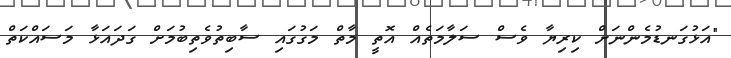
"އަޅުގަނޑުމެންނަށް ކިރިޔާ ވެސް ސަލާމަތެއް އޮތީ މާތް މަގުގައި ސާބިތުވެތިބުމަށް ގަދައަޅާ މަސައްކަތް